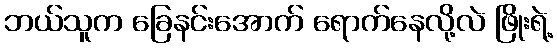
ဘယ်သူက ခြေနင်းအောက် ရောက်နေလို့လဲ ဖြိုးရဲ့